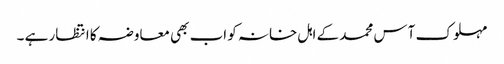
مہلوک آس محمد کے اہل خانہ کو اب بھی معاوضہ کا انتظار ہے ۔